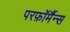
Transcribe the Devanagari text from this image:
परफ़ॉर्मैन्स